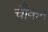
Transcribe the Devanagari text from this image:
चौकन